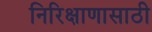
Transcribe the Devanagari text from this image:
निरिक्षाणासाठी